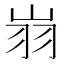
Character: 𦏿